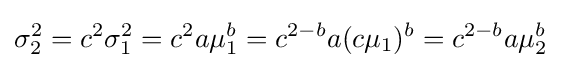
\sigma _{2}^{2}=c^{2}\sigma _{1}^{2}=c^{2}a\mu _{1}^{b}=c^{2-b}a(c\mu _{1})^{b}=c^{2-b}a\mu _{2}^{b}